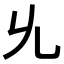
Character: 𠃔